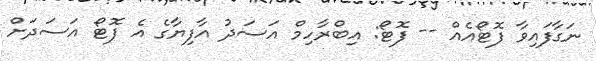
ނަގާފައިވާ ފޮޓޯއެއް -- ފޮޓޯ: އިބްރާހިމް އަސަދު އާފިޔާގެ އެ ފޮޓޯ އަސަދަށް